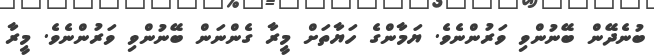
ބުނެދޭން ބޭނުންވި ވަރުންނެވެ. ޔަމާންގެ ހަޔާތަށް މީރާ ގެންނަން ބޭނުންވި ވަރުންނެވެ. މީރާ